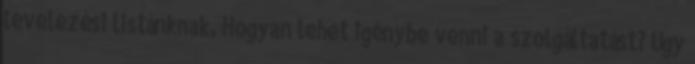
levelezési listánknak. Hogyan lehet igénybe venni a szolgáltatást? Úgy